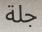
جلة